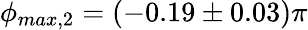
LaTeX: \phi_{max,2}=(-0.19\pm 0.03)\pi